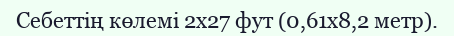
Себеттің көлемі 2х27 фут (0,61х8,2 метр).